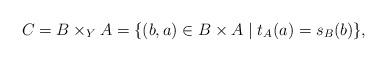
LaTeX: \begin{align*}C = B\times_Y A = \{(b,a)\in B\times A\mid t_A(a) = s_B(b)\},\end{align*}